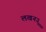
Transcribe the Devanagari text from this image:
लखनउू